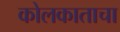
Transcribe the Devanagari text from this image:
कोलकाताचा